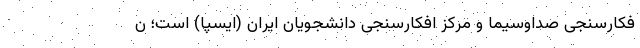
فکارسنجی صداوسیما و مرکز افکارسنجی دانشجویان ایران (ایسپا) است؛ ن